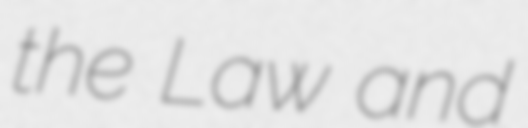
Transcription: the Law and